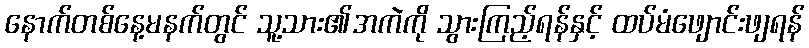
နောက်တစ်နေ့မနက်တွင် သူ့သား၏အကဲကို သွားကြည့်ရန်နှင့် ထပ်မံဖျောင်းဖျရန်